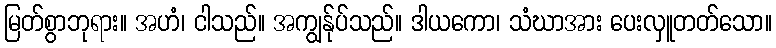
မြတ်စွာဘုရား။ အဟံ၊ ငါသည်။ အကျွန်ုပ်သည်။ ဒါယကော၊ သံဃာအား ပေးလှူတတ်သော။